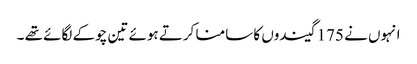
انہوں نے 175 گیندوں کا سامنا کرتے ہوئے تین چوکے لگائے تھے ۔